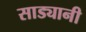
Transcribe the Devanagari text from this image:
साड्यानी